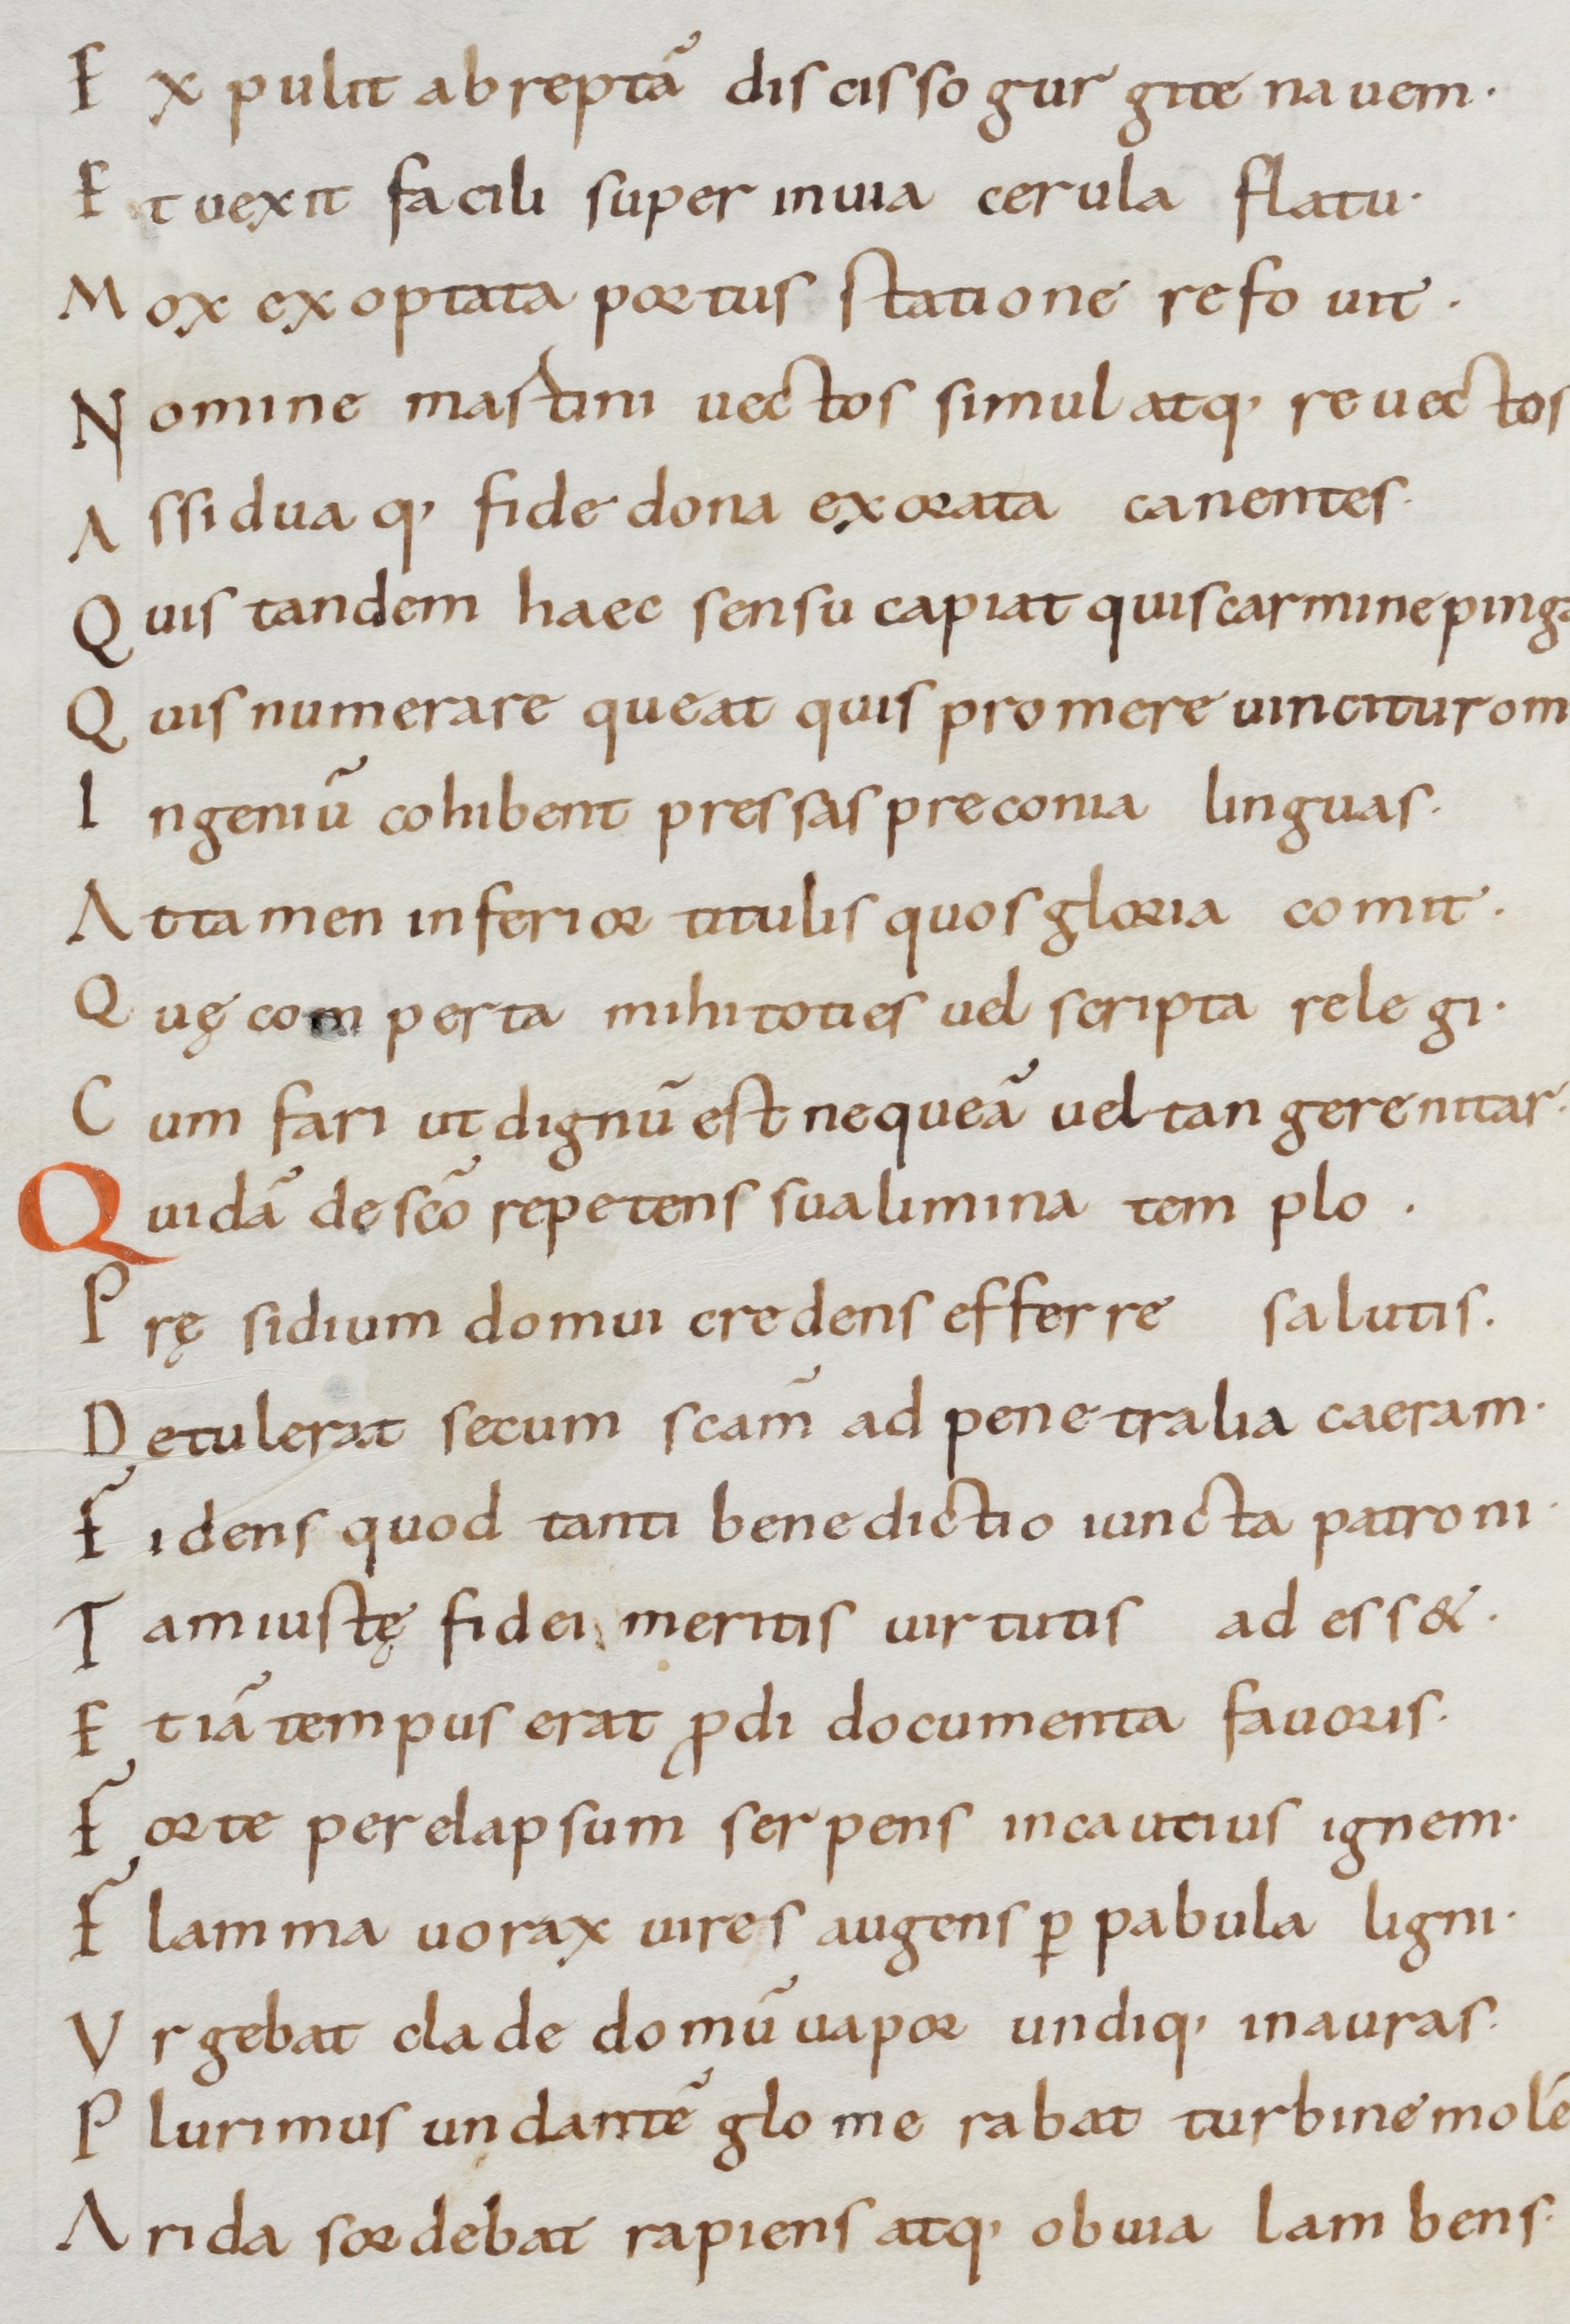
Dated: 800–999